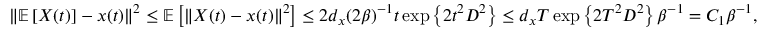
\begin{array} { r } { \Vert \mathbb { E } \left[ X ( t ) \right] - x ( t ) \Vert ^ { 2 } \leq \mathbb { E } \left[ \Vert X ( t ) - x ( t ) \Vert ^ { 2 } \right] \leq 2 d _ { x } ( 2 \beta ) ^ { - 1 } t \exp \left\{ 2 t ^ { 2 } D ^ { 2 } \right\} \le d _ { x } T \exp \left\{ 2 T ^ { 2 } D ^ { 2 } \right\} \beta ^ { - 1 } = C _ { 1 } \beta ^ { - 1 } , } \end{array}